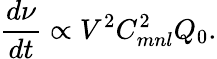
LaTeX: \frac{d\nu}{dt}\propto V^{2}C_{mnl}^{2}Q_{0}.